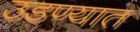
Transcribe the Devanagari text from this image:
उडण्यात